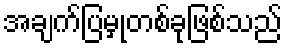
အချက်ပြမှုတစ်ခုဖြစ်သည်